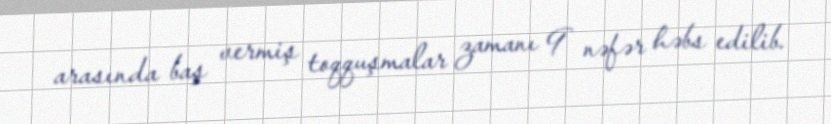
arasında baş vermiş toqquşmalar zamanı 9 nəfər həbs edilib.